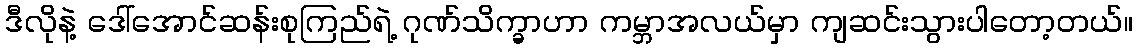
ဒီလိုနဲ့ ဒေါ်အောင်ဆန်းစုကြည်ရဲ့ ဂုဏ်သိက္ခာဟာ ကမ္ဘာအလယ်မှာ ကျဆင်းသွားပါတော့တယ်။